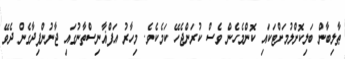
ޠާލިބާން ބަލިކޮށްލުމަށްޓަކައި ކޮންމެހެން ވެސް ކުރަންޖެހޭ ކަމެކެވެ. މިހާރު އަފްޣާނިސްތާނުގައި ޖާނުންފިދާގެން ދެވޭ